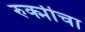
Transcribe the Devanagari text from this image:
रुक्मीचा